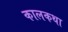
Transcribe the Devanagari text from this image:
कालकथा